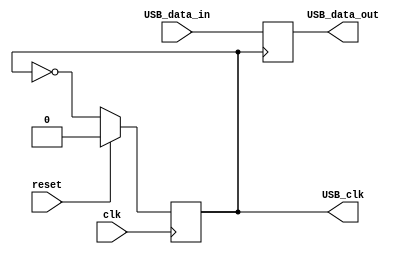
module USB_Controller (
    input wire clk,
    input wire reset,
    input wire USB_data_in,
    output wire USB_data_out,
    output reg USB_clk
);

// Module for generating clock signals
always @(posedge clk) begin
    if (reset) begin
        USB_clk <= 1'b0;
    end else begin
        USB_clk <= ~USB_clk;
    end
end

// Module for synchronization of data signals
always @(posedge USB_clk) begin
    USB_data_out <= USB_data_in;
end

// Module for error detection and handling
// (You can add error detection and handling logic here)

endmodule